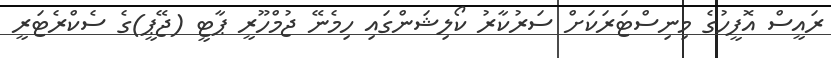
ރައީސް އޮފީހުގެ މިނިސްޓަރަކަށް ސަރުކާރު ކޯލިޝަންގައި ހިމެނޭ ޖުމްހޫރީ ޕާޓީ (ޖޭޕީ)ގެ ސެކްރެޓަރީ